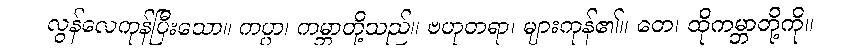
လွန်လေကုန်ပြီးသော။ ကပ္ပာ၊ ကမ္ဘာတို့သည်။ ဗဟုတရာ၊ များကုန်၏။ တေ၊ ထိုကမ္ဘာတို့ကို။